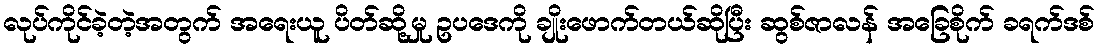
လုပ်ကိုင်ခဲ့တဲ့အတွက် အရေးယူ ပိတ်ဆို့မှု ဥပဒေကို ချိုးဖောက်တယ်ဆိုပြီး ဆွစ်ဇာလန် အခြေစိုက် ခရက်ဒစ်